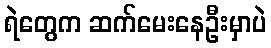
ရဲတွေက ဆက်မေးနေဦးမှာပဲ